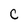
Character: C